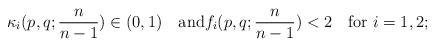
LaTeX: \begin{align*}\kappa_i(p,q; \frac{n}{n-1})\in(0,1)\quad\mbox{and}f_i(p,q; \frac{n}{n-1})<2\quad\mbox{for}\ i=1,2;\end{align*}